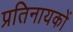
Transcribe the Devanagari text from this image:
प्रतिनायकों